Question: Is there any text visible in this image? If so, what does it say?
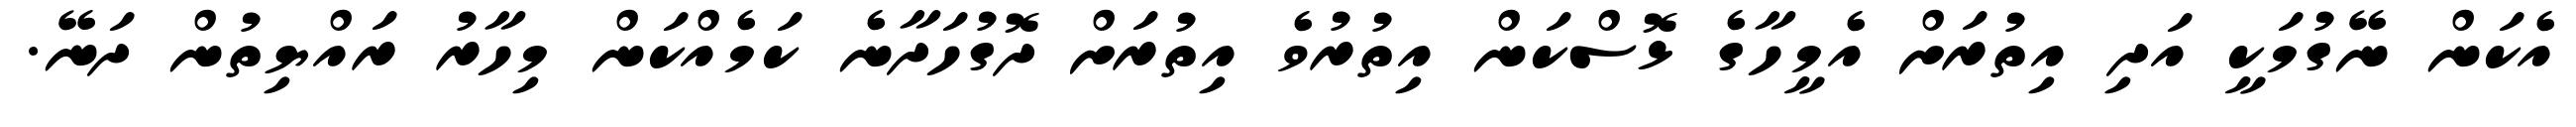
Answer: އެކަން ނޭގުމަކީ އަދި އިތުރަށް އެމީހާގެ ޅޮސްކަން އިތުރުވެ އިތުރަށް ދޮގުހަދާނެ ކަމެއްކަން މިހާރު ރައްޔިތުން ދަނޭ.